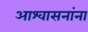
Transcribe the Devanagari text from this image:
आश्वासनांना